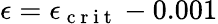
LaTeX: \epsilon=\epsilon_{\mathrm{~c~r~i~t~}}-0.001